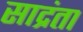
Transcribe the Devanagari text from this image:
साद्रंता